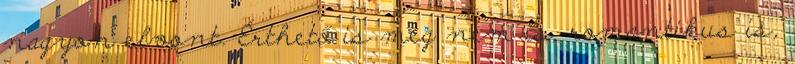
nagyon elvont. Érthető is meg nem is, romantikus is,